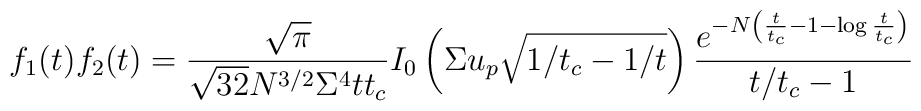
f_1(t)f_2(t)=\frac{\sqrt{\pi}}{\sqrt{32}N^{3/2}\Sigma^4tt_c}  I_0\left(\Sigma u_p\sqrt{1/t_c-1/t}\right)  \frac{e^{-N\left(\frac{t}{t_c}-1-\log\frac{t}{t_c}\right)}}{t/t_c-1}